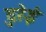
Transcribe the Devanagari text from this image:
दुरेई